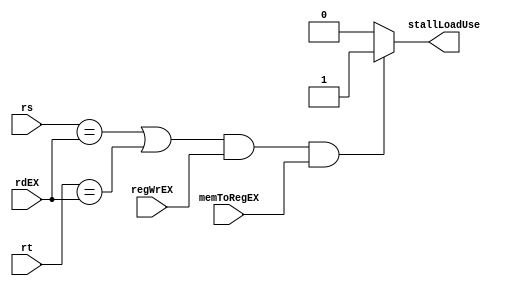
`timescale 1ns / 1ps
//////////////////////////////////////////////////////////////////////////////////
// Company: 
// Engineer: 
// 
// Design Name: 
// Module Name: forward_stall
// Project Name: 
// Target Devices: 
// Tool Versions: 
// Description: 
// 
// Dependencies: 
// 
// Revision:
// Revision 0.01 - File Created
// Additional Comments:
// 
//////////////////////////////////////////////////////////////////////////////////


module forward_stall(
    input [4:0] rs,
    input [4:0] rt,
    input [4:0] rdEX,
    input regWrEX,
    input memToRegEX,
    output reg stallLoadUse
    );
    
    initial stallLoadUse=0;
    
    always @ (rs or rt or rdEX or regWrEX or memToRegEX)
    begin
        if((rs==rdEX || rt==rdEX) && regWrEX && memToRegEX)
        begin
            stallLoadUse=1;
        end
        else
        begin
            stallLoadUse=0;
        end
    end
    
    
endmodule